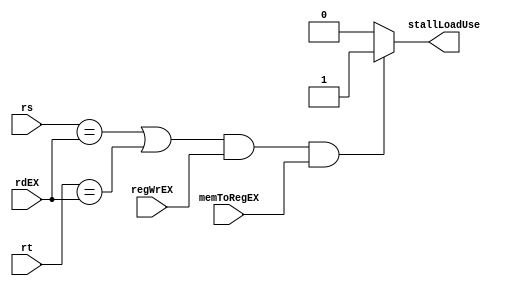
`timescale 1ns / 1ps
//////////////////////////////////////////////////////////////////////////////////
// Company: 
// Engineer: 
// 
// Design Name: 
// Module Name: forward_stall
// Project Name: 
// Target Devices: 
// Tool Versions: 
// Description: 
// 
// Dependencies: 
// 
// Revision:
// Revision 0.01 - File Created
// Additional Comments:
// 
//////////////////////////////////////////////////////////////////////////////////


module forward_stall(
    input [4:0] rs,
    input [4:0] rt,
    input [4:0] rdEX,
    input regWrEX,
    input memToRegEX,
    output reg stallLoadUse
    );
    
    initial stallLoadUse=0;
    
    always @ (rs or rt or rdEX or regWrEX or memToRegEX)
    begin
        if((rs==rdEX || rt==rdEX) && regWrEX && memToRegEX)
        begin
            stallLoadUse=1;
        end
        else
        begin
            stallLoadUse=0;
        end
    end
    
    
endmodule